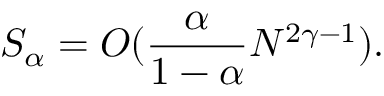
S _ { \alpha } = O ( \frac { \alpha } { 1 - \alpha } N ^ { 2 \gamma - 1 } ) .